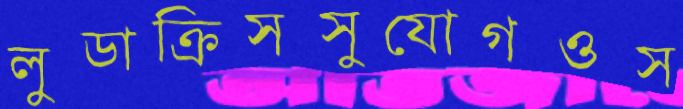
লুডাক্রিসসুযোগওস